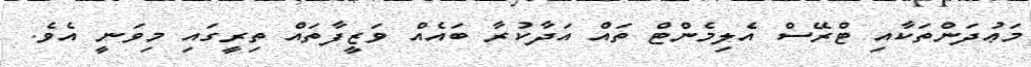
މަޢުދަންތަކާއި ޓްރޭސް އެލިމެންޓް ތައް އަދާކުރާ ބައެއް ވަޒީފާތައް ތިރީގައި މިވަނީ އެވެ.